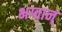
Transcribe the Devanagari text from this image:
भग्वान्